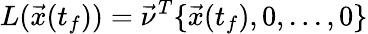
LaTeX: L(\vec{x}(t_{f}))=\vec{\nu}^{T}\{ \vec{x}(t_{f}),0,...,0\}